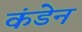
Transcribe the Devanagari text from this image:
कंडेन